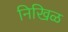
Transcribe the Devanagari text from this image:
निखिळ